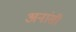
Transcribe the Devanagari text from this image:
अनांसी